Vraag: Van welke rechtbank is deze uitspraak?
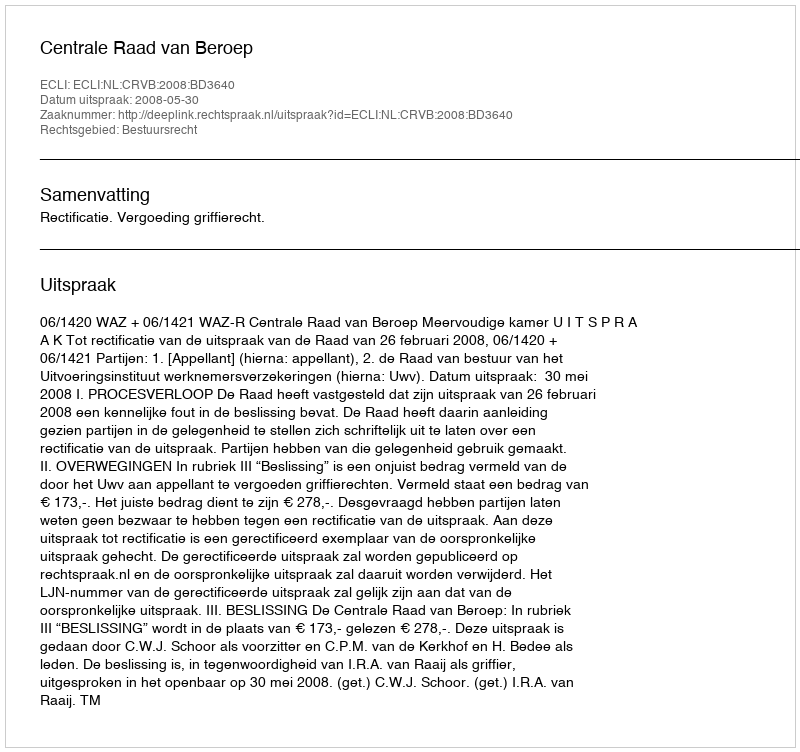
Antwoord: Centrale Raad van Beroep